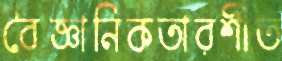
বৈজ্ঞানিকতারশীত